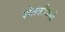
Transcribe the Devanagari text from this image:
शेतकीमध्ये